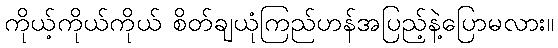
ကိုယ့်ကိုယ်ကိုယ် စိတ်ချယုံကြည်ဟန်အပြည့်နဲ့ပြောမလား။